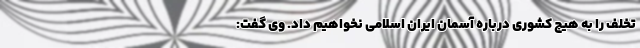
تخلف را به هیچ کشوری درباره آسمان ایران اسلامی نخواهیم داد. وی گفت: